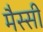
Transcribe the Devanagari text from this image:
मैस्सी